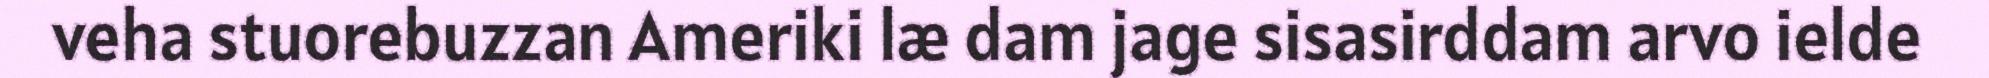
veha stuorebuzzan Ameriki læ dam jage sisasirddam arvo ielde